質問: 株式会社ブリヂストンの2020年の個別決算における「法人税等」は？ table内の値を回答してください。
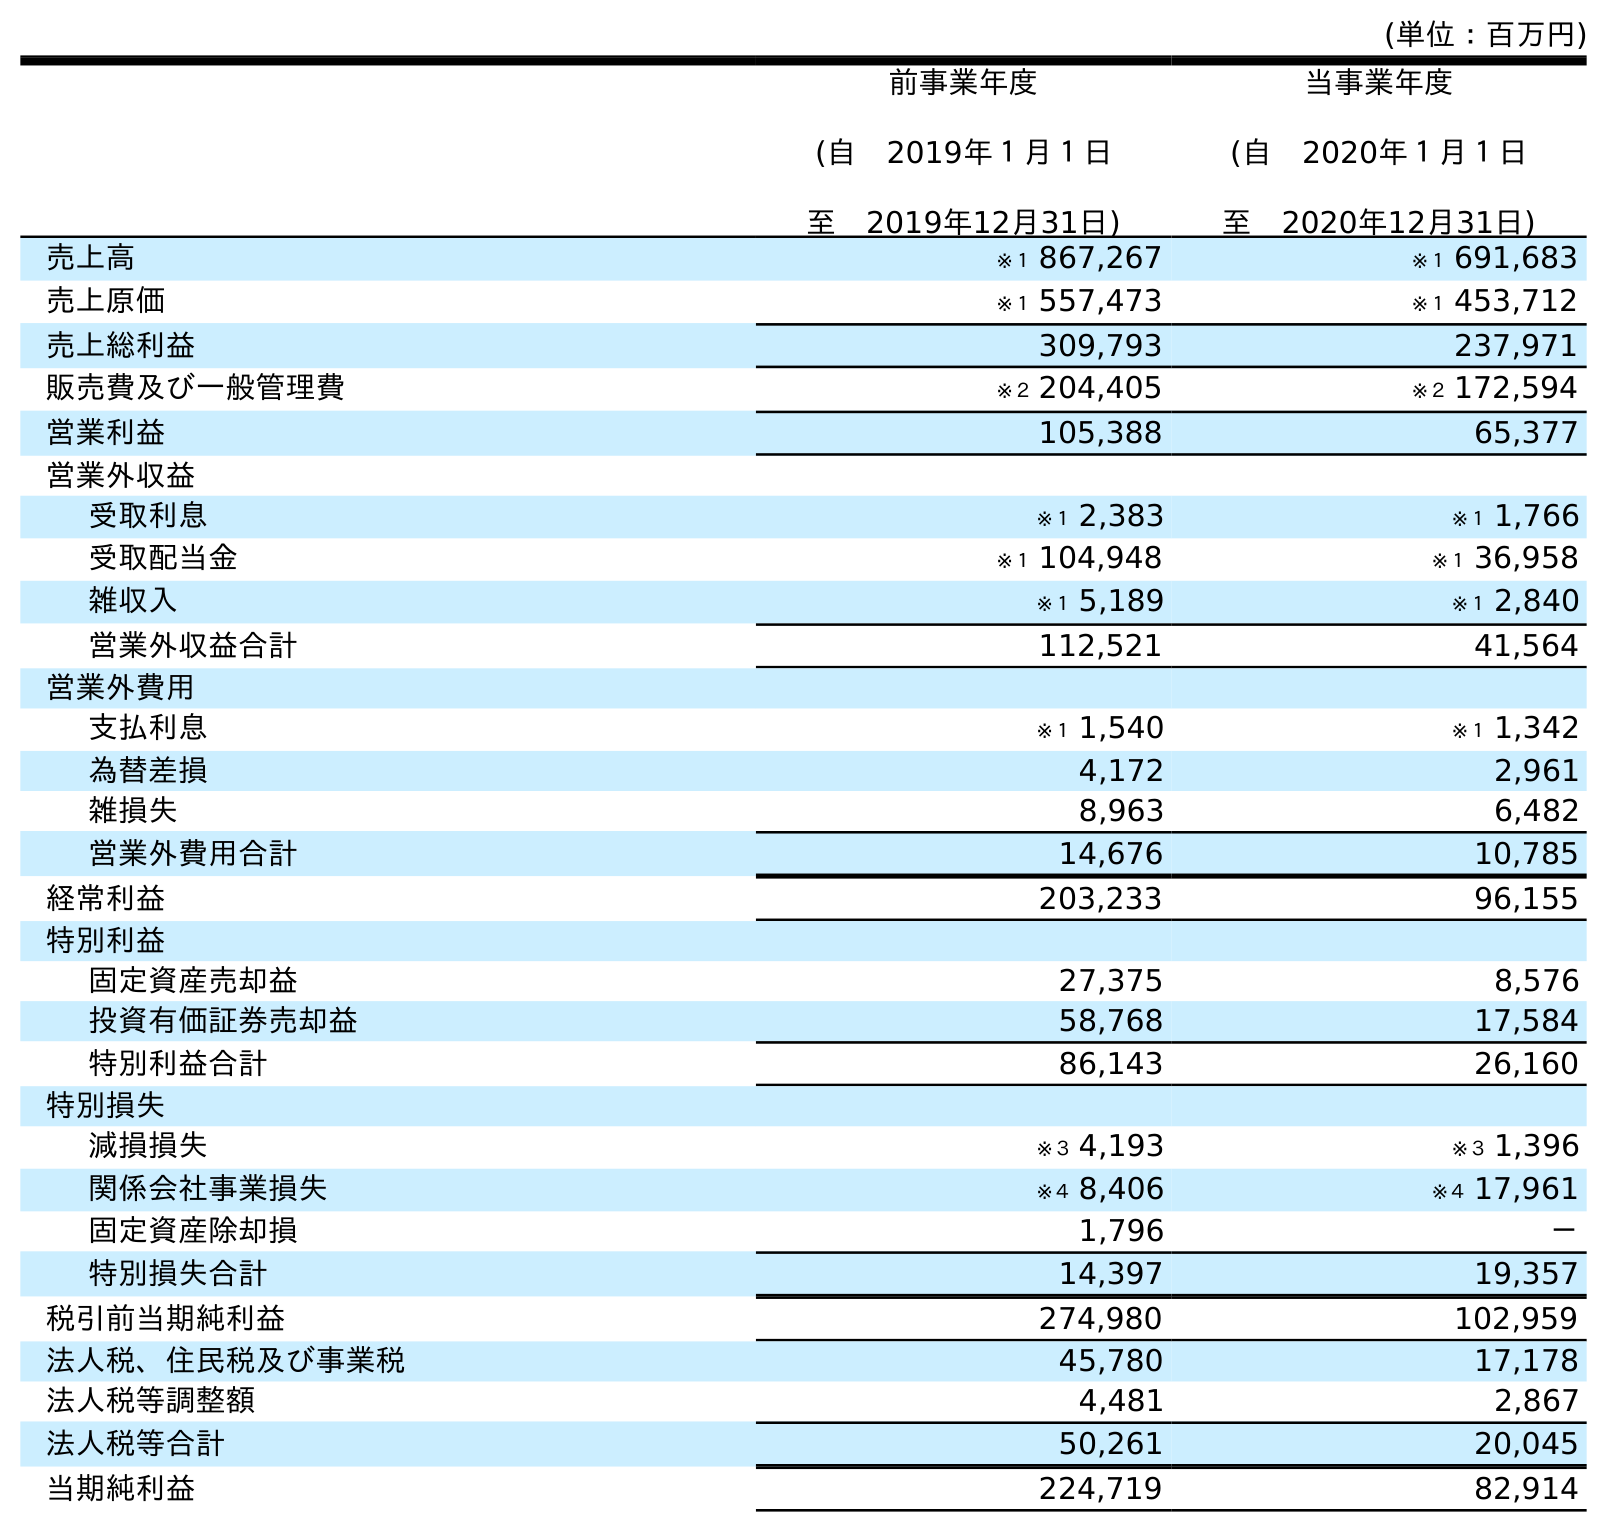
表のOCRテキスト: (単位：百万円) 前事業年度 (自 2019年１月１日 至 2019年12月31日) 当事業年度 (自 2020年１月１日 至 2020年12月31日) 売上高 ※１ 867,267 ※１ 691,683 売上原価 ※１ 557,473 ※１ 453,712 売上総利益 309,793 237,971 販売費及び一般管理費 ※２ 204,405 ※２ 172,594 営業利益 105,388 65,377 営業外収益 受取利息 ※１ 2,383 ※１ 1,766 受取配当金 ※１ 104,948 ※１ 36,958 雑収入 ※１ 5,189 ※１ 2,840 営業外収益合計 112,521 41,564 営業外費用 支払利息 ※１ 1,540 ※１ 1,342 為替差損 4,172 2,961 雑損失 8,963 6,482 営業外費用合計 14,676 10,785 経常利益 203,233 96,155 特別利益 固定資産売却益 27,375 8,576 投資有価証券売却益 58,768 17,584 特別利益合計 86,143 26,160 特別損失 減損損失 ※３ 4,193 ※３ 1,396 関係会社事業損失 ※４ 8,406 ※４ 17,961 固定資産除却損 1,796 － 特別損失合計 14,397 19,357 税引前当期純利益 274,980 102,959 法人税、住民税及び事業税 45,780 17,178 法人税等調整額 4,481 2,867 法人税等合計 50,261 20,045 当期純利益 224,719 82,914
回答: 20,045